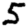
Digit: 5